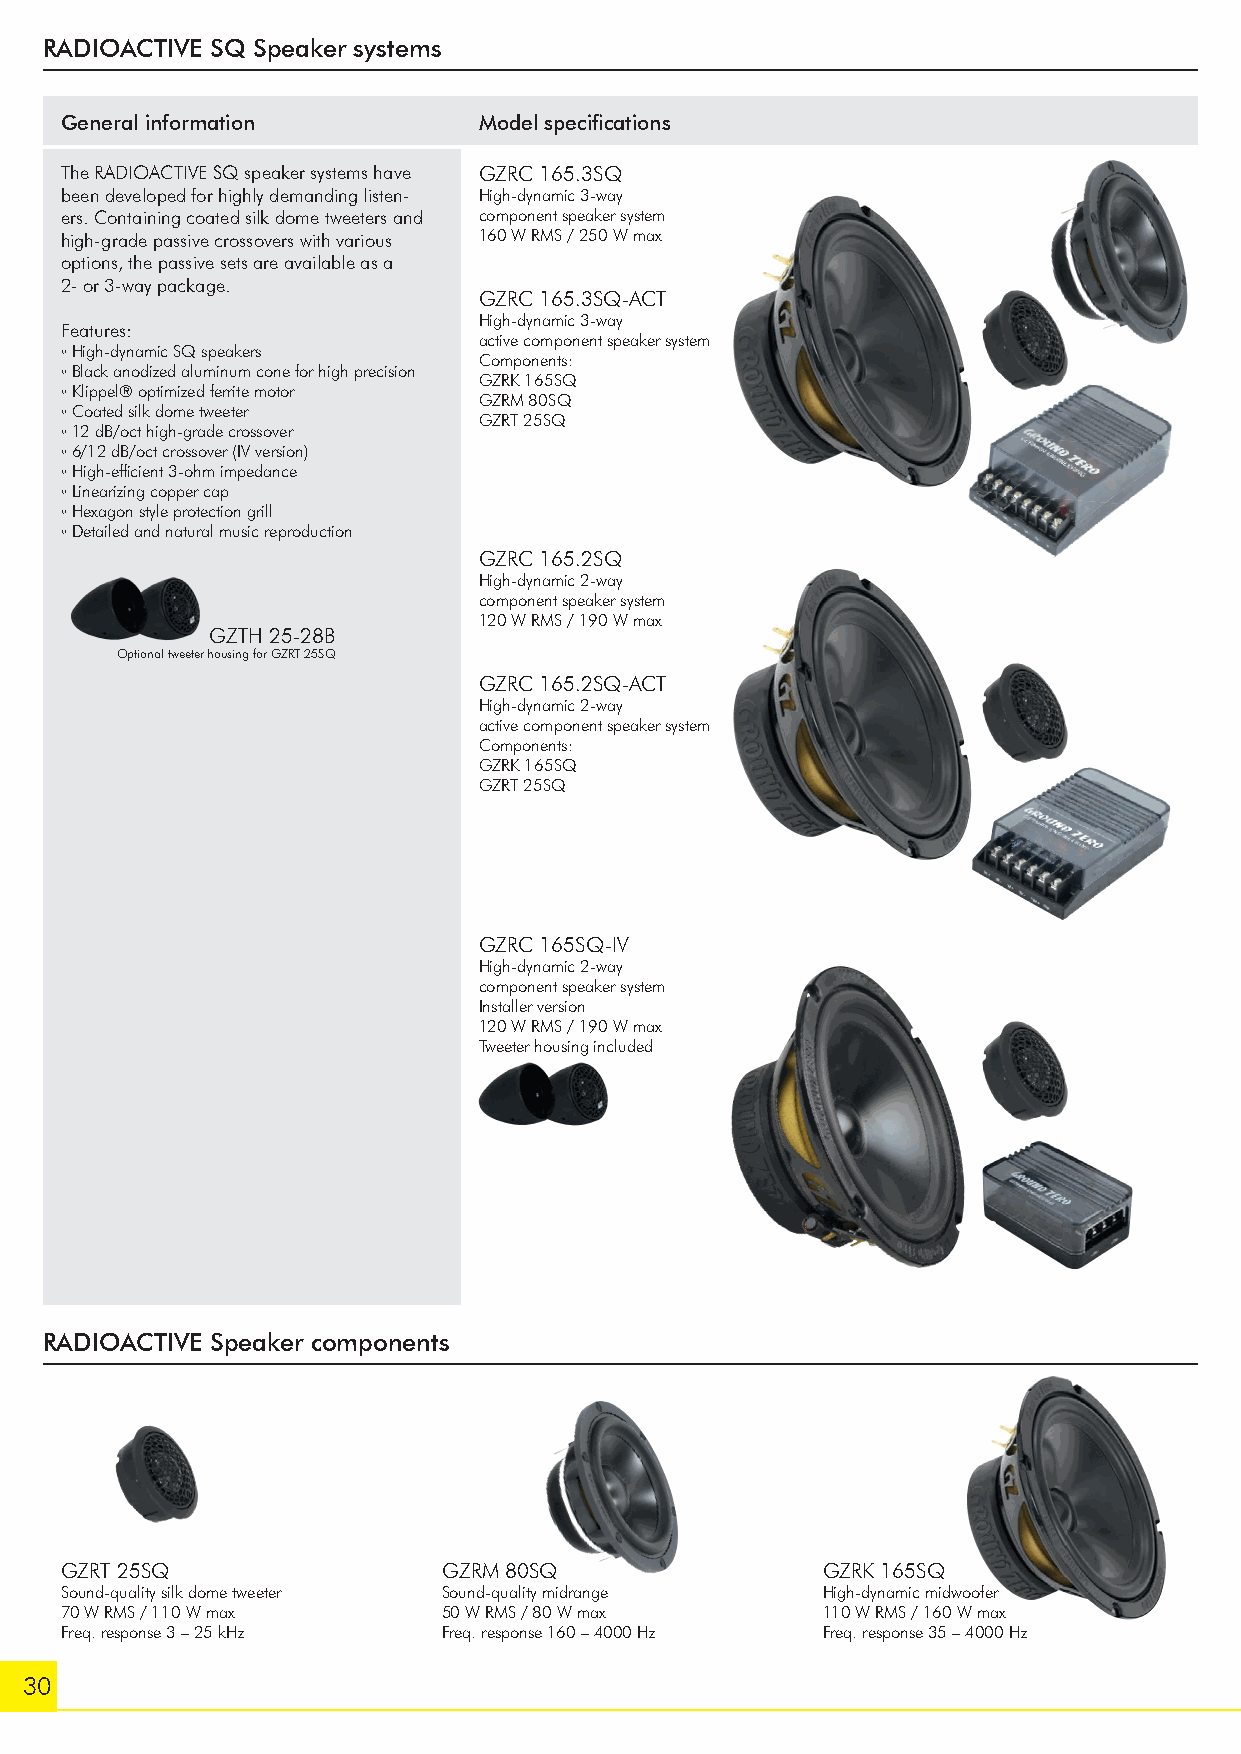
RADIOACTIVE SQ Speaker systems
 General information         Model specifi cations
 The RADIOACTIVE SQ speaker systems have GZRC 165.3SQ
 been developed for highly demanding listen- High-dynamic 3-way
 ers. Containing coated silk dome tweeters and component speaker system
 high-grade passive crossovers with various 160 W RMS / 250 W max
 options, the passive sets are available as a
 2- or 3-way package.
 GZRC 165.3SQ-ACT
 High-dynamic 3-way
 Features:
 active component speaker system
 ◦High-dynamic SQ speakers
 Components:
 ◦Black anodized aluminum cone for high precision
 GZRK 165SQ
 ◦Klippel® optimized ferrite motor
 GZRM 80SQ
 ◦Coated silk dome tweeter
 GZRT 25SQ
 ◦12 dB/oct high-grade crossover
 ◦6/12 dB/oct crossover (IV version)
 ◦High-effi cient 3-ohm impedance
 ◦Linearizing copper cap
 ◦Hexagon style protection grill
 ◦Detailed and natural music reproduction
 GZRC 165.2SQ
 High-dynamic 2-way
 component speaker system
 120 W RMS / 190 W max
 GZTH 25-28B
 Optional tweeter housing for GZRT 25SQ
 GZRC 165.2SQ-ACT
 High-dynamic 2-way
 active component speaker system
 Components:
 GZRK 165SQ
 GZRT 25SQ
 GZRC 165SQ-IV
 High-dynamic 2-way
 component speaker system
 Installer version
 120 W RMS / 190 W max
 Tweeter housing included
 RADIOACTIVE Speaker components
 GZRT 25SQ                GZRM 80SQ                GZRK 165SQ
 Sound-quality silk dome tweeter Sound-quality midrange High-dynamic midwoofer
 70 W RMS / 110 W max     50 W RMS / 80 W max      110 W RMS / 160 W max
 Freq. response 3 – 25 kHz Freq. response 160 – 4000 Hz Freq. response 35 – 4000 Hz
 30